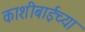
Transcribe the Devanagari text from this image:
काशीबाईच्या